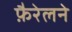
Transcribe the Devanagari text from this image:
फ़ैरेलने